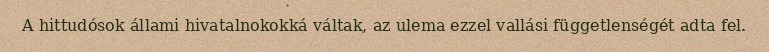
A hittudósok állami hivatalnokokká váltak, az ulema ezzel vallási függetlenségét adta fel.